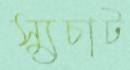
স্যুচাট